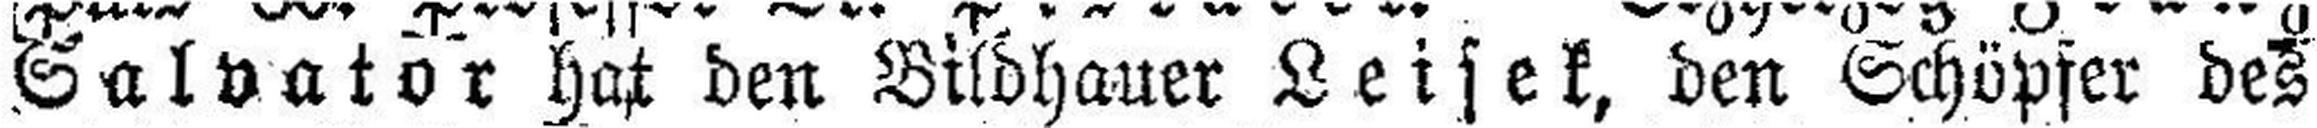
Salvator hat den Bildhauer Leisek, den Schöpfer des